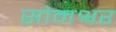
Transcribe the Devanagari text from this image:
सोमश्वर